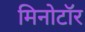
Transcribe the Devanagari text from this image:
मिनोटॉर